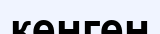
кенген